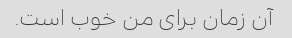
آن زمان برای من خوب است.